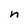
Character: n